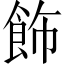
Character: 飾